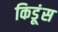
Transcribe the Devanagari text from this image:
किडूंस